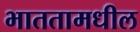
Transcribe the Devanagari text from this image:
भाततामधील